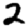
Digit: 2